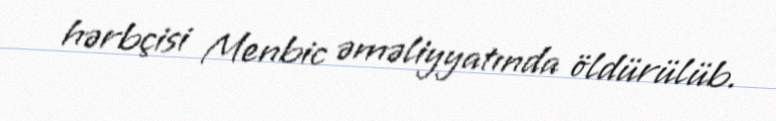
hərbçisi Menbic əməliyyatında öldürülüb.